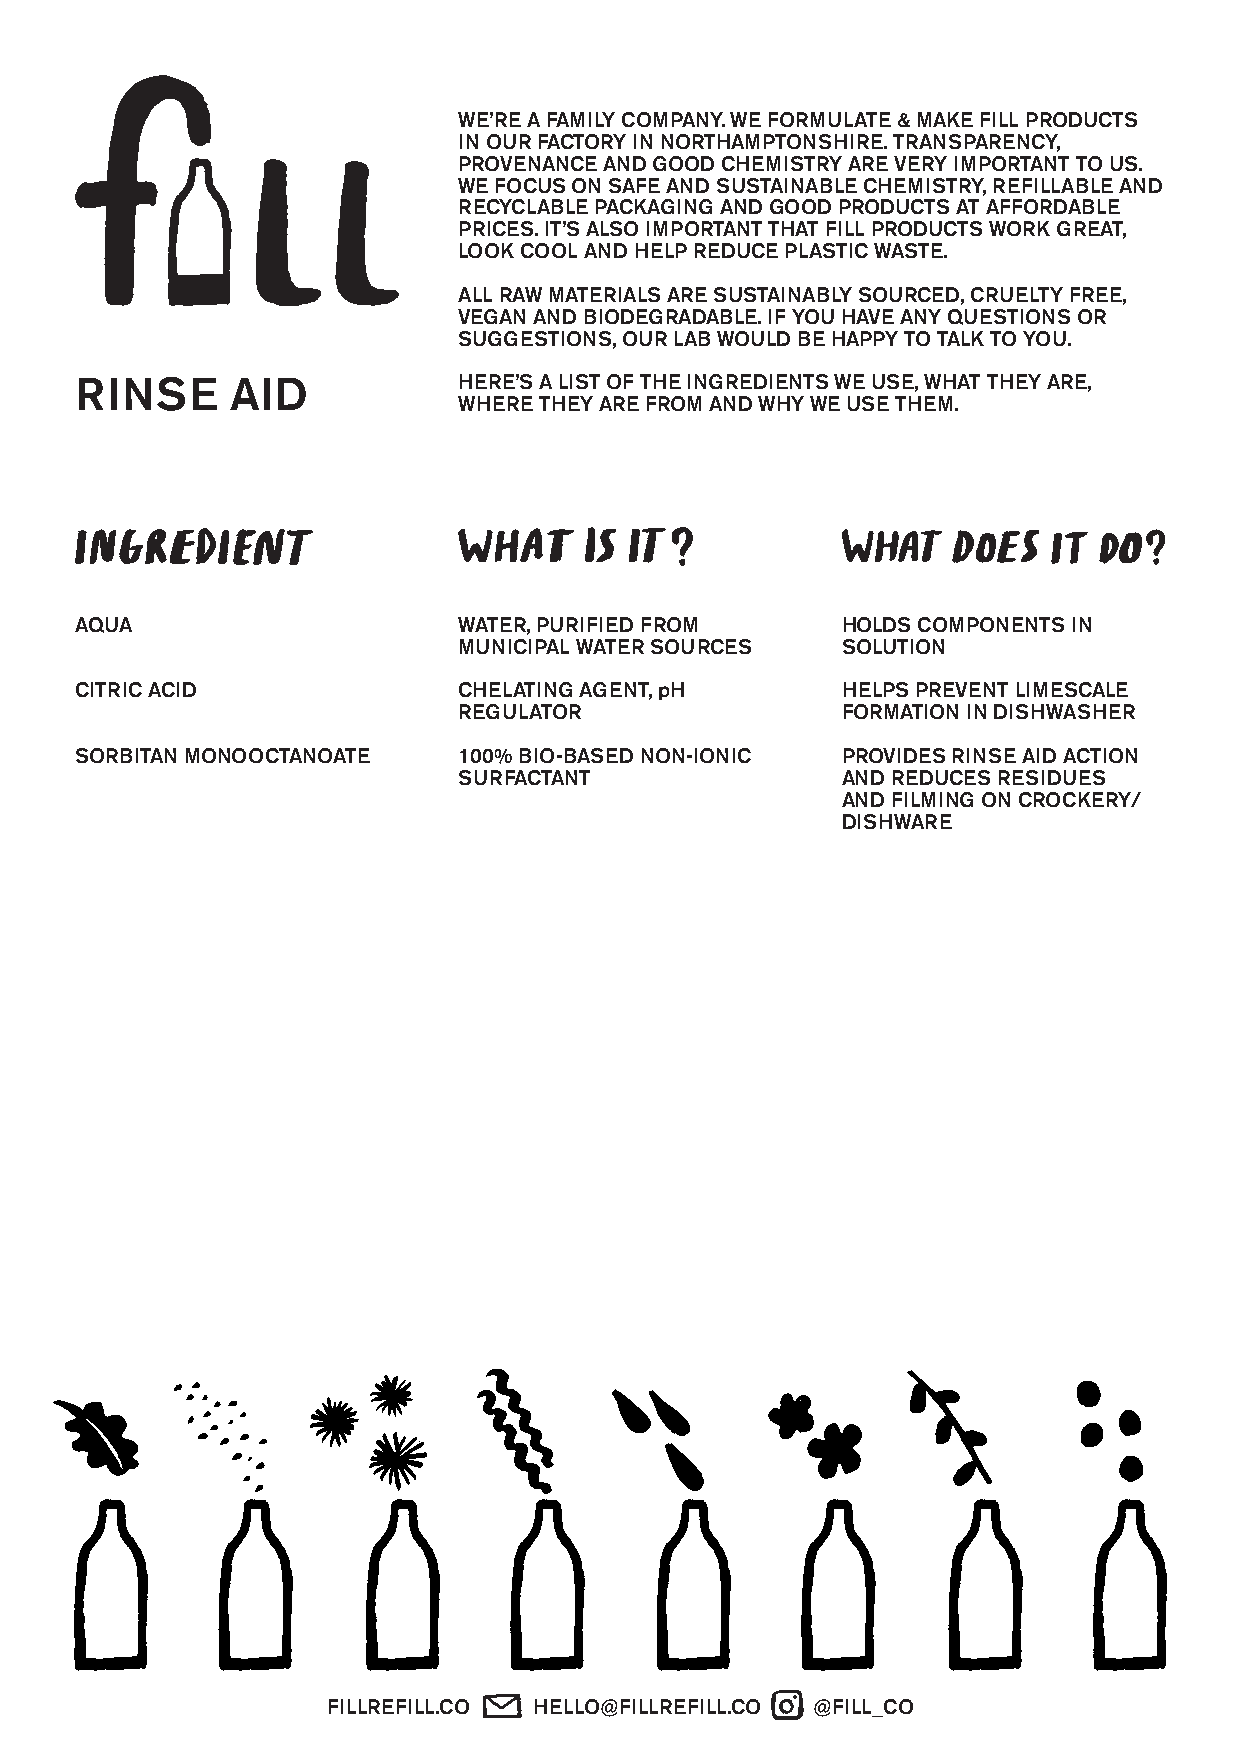
WE’RE A FAMILY COMPANY. WE FORMULATE & MAKE FILL PRODUCTS
 IN OUR FACTORY IN NORTHAMPTONSHIRE. TRANSPARENCY,
 PROVENANCE AND GOOD CHEMISTRY ARE VERY IMPORTANT TO US.
 WE FOCUS ON SAFE AND SUSTAINABLE CHEMISTRY, REFILLABLE AND
 RECYCLABLE PACKAGING AND GOOD PRODUCTS AT AFFORDABLE
 PRICES. IT’S ALSO IMPORTANT THAT FILL PRODUCTS WORK GREAT,
 LOOK COOL AND HELP REDUCE PLASTIC WASTE.
 ALL RAW MATERIALS ARE SUSTAINABLY SOURCED, CRUELTY FREE,
 VEGAN AND BIODEGRADABLE. IF YOU HAVE ANY QUESTIONS OR
 SUGGESTIONS, OUR LAB WOULD BE HAPPY TO TALK TO YOU.
 RINSE     AID            HERE’S A LIST OF THE INGREDIENTS WE USE, WHAT THEY ARE,
 WHERE THEY ARE FROM AND WHY WE USE THEM.
 AQUA                     WATER, PURIFIED FROM      HOLDS COMPONENTS IN
 MUNICIPAL WATER SOURCES   SOLUTION
 CITRIC ACID              CHELATING AGENT, pH       HELPS PREVENT LIMESCALE
 REGULATOR                 FORMATION IN DISHWASHER
 SORBITAN MONOOCTANOATE   100% BIO-BASED NON-IONIC  PROVIDES RINSE AID ACTION
 SURFACTANT                AND REDUCES RESIDUES
 AND FILMING ON CROCKERY/
 DISHWARE
 FILLREFILL.CO HELLO@FILLREFILL.CO @FILL_CO